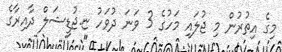
މިގެ އިތުރުން މި ޖުލައި މަހުގެ 3 ވަނަ ދުވަހު ޏ.ޖުޑީޝަލް ދާއިރާގެ